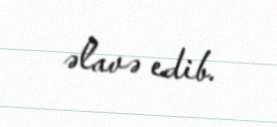
əlavə edib.